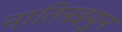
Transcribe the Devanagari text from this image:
नातिन्रइयुन